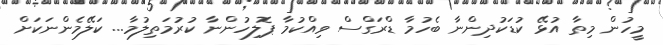
މީހުން މިތާ އުޅޭ ކުޑަކުދިންނާ ބެހުމާ ޑްރަގްސް ވިއްކުމާ ޕޮލިހުންނާ ކުރުމަތިލުމާ... ކަލޭމެންނަކަށް